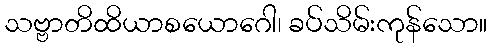
သဗ္ဗာတိထိယာစယောဂေါ၊ ခပ်သိမ်းကုန်သော။